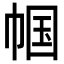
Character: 帼